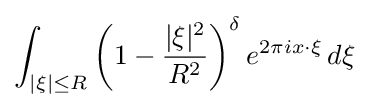
\int _{|\xi |\leq R}\left(1-{\frac {|\xi |^{2}}{R^{2}}}\right)^{\delta }e^{2\pi ix\cdot \xi }\,d\xi